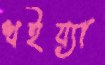
খইয়্যা